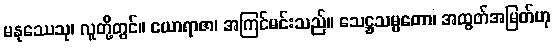
မနုဿေသု၊ လူတို့တွင်။ ယောရာဇာ၊ အကြင်မင်းသည်။ သေဋ္ဌသမ္မတော၊ အထွတ်အမြတ်ဟု